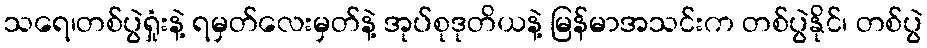
သရေ၊တစ်ပွဲရှုံးနဲ့ ရမှတ်လေးမှတ်နဲ့ အုပ်စုဒုတိယနဲ့ မြန်မာအသင်းက တစ်ပွဲနိုင်၊ တစ်ပွဲ